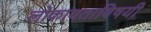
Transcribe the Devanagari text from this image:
लोकायताविषयी